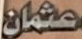
عثمان